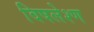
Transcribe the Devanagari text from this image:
विषलेश्ण